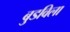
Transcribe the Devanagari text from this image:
बुडविला